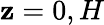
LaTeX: \mathbf{z}=0,H